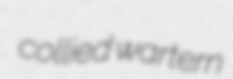
collied wartern